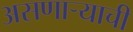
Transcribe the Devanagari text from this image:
असणाऱ्याची